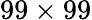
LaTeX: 99\times 99